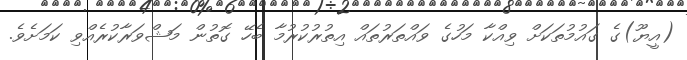
(އީޔޫ)ގެ ގައުމުތަކަށް ވިއްކާ މަހުގެ ވައްތަރުތައް އިތުރުކުރުމާ ބެހޭ ގޮތުން މަޝްވަރާކުރެއްވި ކަމަށެވެ.